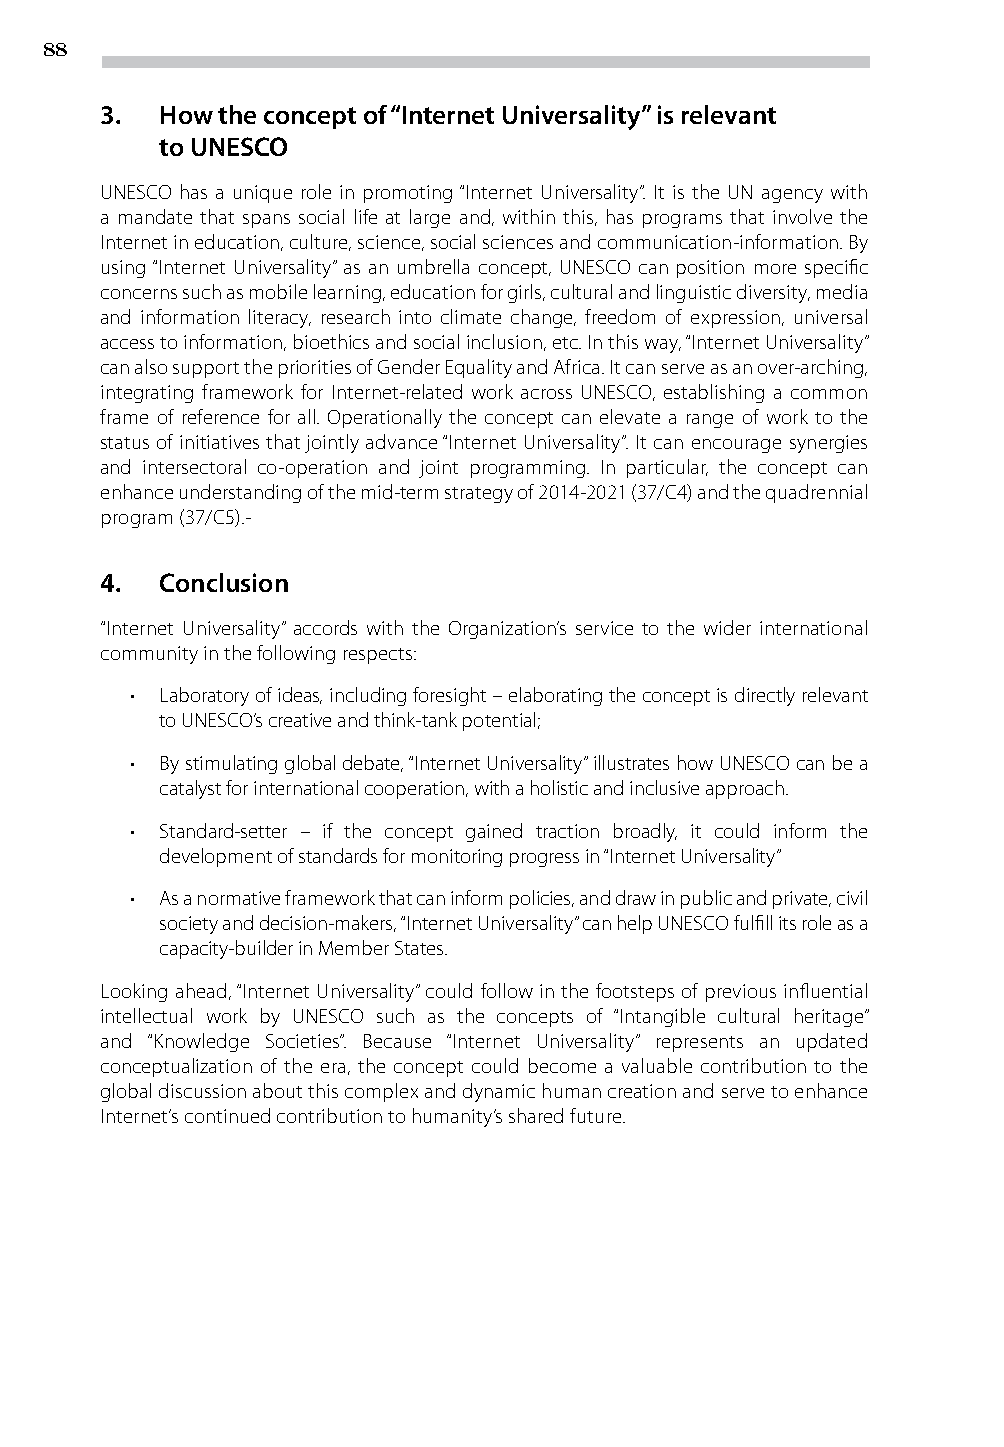
88
 3.  How the concept of “Internet Universality” is relevant
 to UNESCO
 UNESCO has a unique role in promoting “Internet Universality”. It is the UN agency with
 a mandate that spans social life at large and, within this, has programs that involve the
 Internet in education, culture, science, social sciences and communication-information. By
 using “Internet Universality” as an umbrella concept, UNESCO can position more specific
 concerns such as mobile learning, education for girls, cultural and linguistic diversity, media
 and information literacy, research into climate change, freedom of expression, universal
 access to information, bioethics and social inclusion, etc. In this way, “Internet Universality”
 can also support the priorities of Gender Equality and Africa. It can serve as an over-arching,
 integrating framework for Internet-related work across UNESCO, establishing a common
 frame of reference for all. Operationally the concept can elevate a range of work to the
 status of initiatives that jointly advance “Internet Universality”. It can encourage synergies
 and intersectoral co-operation and joint programming. In particular, the concept can
 enhance understanding of the mid-term strategy of 2014-2021 (37/C4) and the quadrennial
 program (37/C5).-
 4.  Conclusion
 “Internet Universality” accords with the Organization’s service to the wider international
 community in the following respects:
 • Laboratory of ideas, including foresight – elaborating the concept is directly relevant
 to UNESCO’s creative and think-tank potential;
 • By stimulating global debate, “Internet Universality” illustrates how UNESCO can be a
 catalyst for international cooperation, with a holistic and inclusive approach.
 • Standard-setter – if the concept gained traction broadly, it could inform the
 development of standards for monitoring progress in “Internet Universality”
 • As a normative framework that can inform policies, and draw in public and private, civil
 society and decision-makers, “Internet Universality” can help UNESCO fulfill its role as a
 capacity-builder in Member States.
 Looking ahead, “Internet Universality” could follow in the footsteps of previous influential
 intellectual work by UNESCO such as the concepts of “Intangible cultural heritage”
 and “Knowledge Societies”. Because “Internet Universality” represents an updated
 conceptualization of the era, the concept could become a valuable contribution to the
 global discussion about this complex and dynamic human creation and serve to enhance
 Internet’s continued contribution to humanity’s shared future.